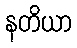
နတိယာ